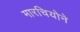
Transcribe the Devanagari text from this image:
मारचियोने